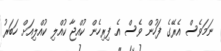
ނަމަވެސް އެރޭގެ ފަހުން ވެސް އެ ފިރިހެން ކުއްޖާ ކުއްލި ކުއްލިއަށް ހަބަރު